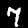
Label: 7